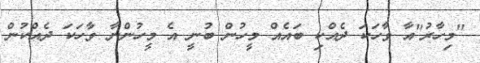
"މިހާރު"އާ ވާހަކަ ދެއްކި ބައެއް މީހުން ބުނީ އެ މީހުންނާ ވާހަކަ ދެއްކުން